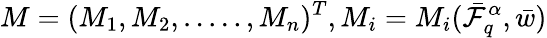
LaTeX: M=(M_{1},M_{2},.....,M_{n})^{T},M_{i}=M_{i}(\bar{\mathcal{F}}_{q}^{\alpha},\bar{w})